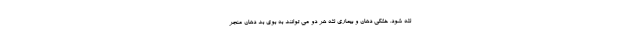
لثه شود. خشکی دهان و بیماری لثه هر دو می توانند به بوی بد دهان منجر